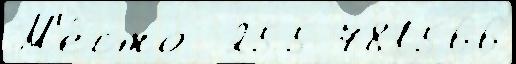
М'е́сто  255 781566